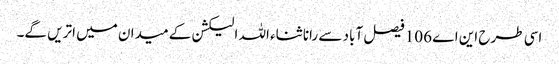
اسی طرح این اے 106 فیصل آباد سے رانا ثناء اللہ الیکشن کے میدان میں اتریں گے۔